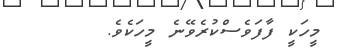
މީހަކީ ފާފަވެސްކުރެވޭނެ މީހަކެވެ.